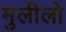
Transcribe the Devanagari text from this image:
मुलीलो